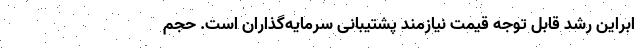
ابراین رشد قابل توجه قیمت نیازمند پشتیبانی سرمایه‌گذاران است. حجم